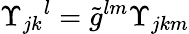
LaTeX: \Upsilon_{jk}{}^{l}=\tilde{g}^{lm}\Upsilon_{jkm}